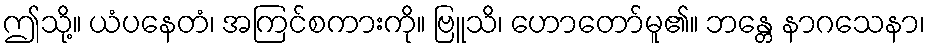
ဤသို့။ ယံပနေတံ၊ အကြင်စကားကို။ ဗြူသိ၊ ဟောတော်မူ၏။ ဘန္တေ နာဂသေနာ၊